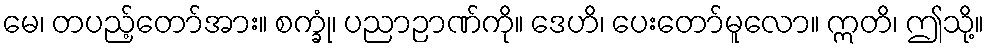
မေ၊ တပည့်တော်အား။ စက္ခုံ၊ ပညာဉာဏ်ကို။ ဒေဟိ၊ ပေးတော်မူလော။ ဣတိ၊ ဤသို့။